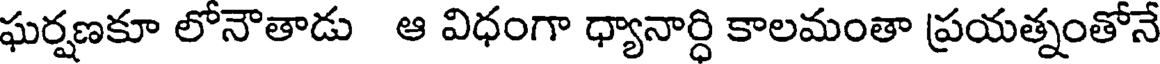
ఘర్షణకూ లోనౌతాడు ఆ విధంగా ధ్యానార్ధి కాలమంతా ప్రయత్నంతోనే